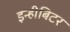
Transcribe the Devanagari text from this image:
इन्हीबिटर